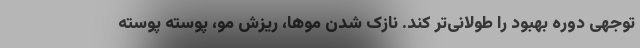
توجهی دوره بهبود را طولانی‌تر کند. نازک شدن موها، ریزش مو، پوسته پوسته